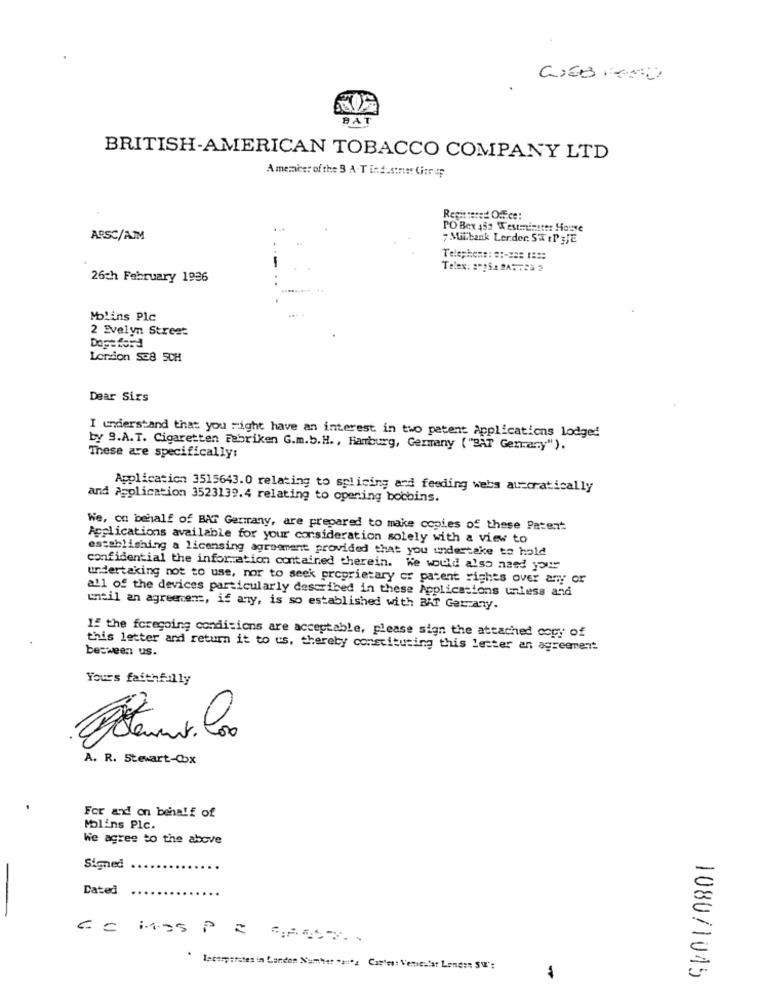
BAT
BRITISH-AMERICAN TOBACCO COMPANY LTD
Amember of the 3 A-T industries Citrup
Registered Office:
PO Box 132 Westminster House
ARSC/AJM
Milbank Lerder. STIP 3JE
Telex: 2"25: 2A* * 22 3
26th February 1986
Molins Plc
2 Evelyn Street
Dogsford
London SE8 SCH
Dear Sirs
I understand that you right have an interest in two patent Applications lodged
by 9.A. T. Cigaretten Fabriken G.m.b.H. , Hamburg, Germany [ "BAT Genary").
These are specifically:
Application 3515643.0 relating to splicing and feeding webs autoratically
and Application 3523139.4 relating to opening bobbins.
We, on behalf of BAT Genrany, are prepared to make copies of these Patent
Applications available for your consideration solely with a view to
establishing a licensing agreement provided that you undertake to hold
confidential the information contained therein. We would also need your
undertaking not to use, nor to seek proprietary or patent righes over any or
all of the devices particularly described in these Applications unless and
until an agreement, if any, is so established with BAT Garzany.
If the foregoing conditions are acceptable, please sign the attached copy of
between us.
this letter and return it to us, thereby constituting this letter an agreement
Yours faithfully
A. R. Stewart-Cox
For and on behalf of
Molins Plc.
We agree to the above
Signed
Dated
.
lecas,states in Landon Number "a"a Car'es: Vesicular Lenden S\':
108071045